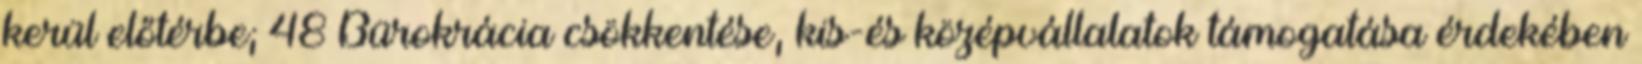
kerül előtérbe; 48 Bürokrácia csökkentése, kis-és középvállalatok támogatása érdekében